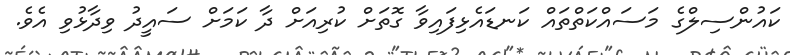
ކައުންސިލްގެ މަސައްކަތްތައް ކަނޑައެޅިފައިވާ ގޮތަށް ކުރިއަށް ދާ ކަމަށް ސައީދު ވިދާޅުވި އެވެ.